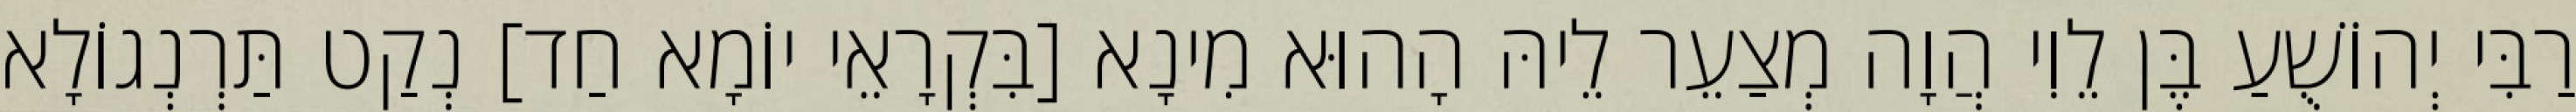
רַבִּי יְהוֹשֻׁעַ בֶּן לֵוִי הֲוָה מְצַעֵר לֵיהּ הָהוּא מִינָא [בִּקְרָאֵי יוֹמָא חַד] נְקַט תַּרְנְגוֹלָא